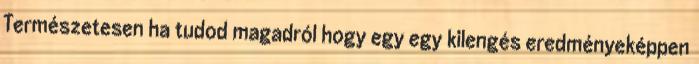
Természetesen ha tudod magadról hogy egy egy kilengés eredményeképpen